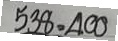
538 = 400